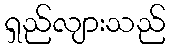
ရှည်လျားသည်